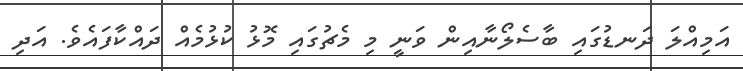
އަމިއްލަ ދަނޑުގައި ބާސެލޯނާއިން ވަނީ މި މެޗުގައި މޮޅު ކުޅުމެއް ދައްކާފައެވެ. އަދި